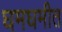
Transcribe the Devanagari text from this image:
घमघमीत